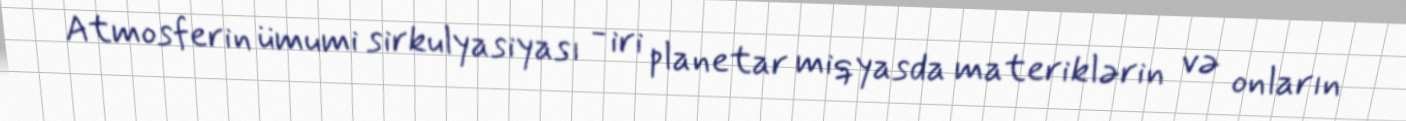
Atmosferin ümumi sirkulyasiyası - iri planetar miqyasda materiklərin və onların